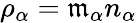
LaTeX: \rho_{\alpha}=\mathfrak{m}_{\alpha}n_{\alpha}